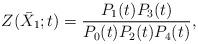
LaTeX: \begin{align*}Z(\bar X_1; t) = \frac{P_1(t)P_3(t)}{P_0(t)P_2(t)P_4(t)},\end{align*}